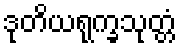
ဒုတိယရုက္ခသုတ္တံ